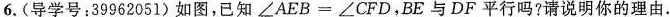
6.(导学号：39962051)如图，已知\angle AEB=\angle CFD，BE与DF平行吗？请说明你的理由.